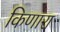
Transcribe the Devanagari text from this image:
किणारा